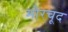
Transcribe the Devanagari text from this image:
मोरचूद